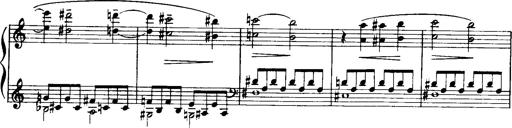
Title: Historische ungarische Bildnisse
Composer: Franz Liszt